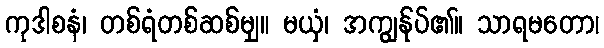
ကုဒါစနံ၊ တစ်ရံတစ်ဆစ်မျှ။ မယှံ၊ အကျွန်ုပ်၏။ သာရမတော၊